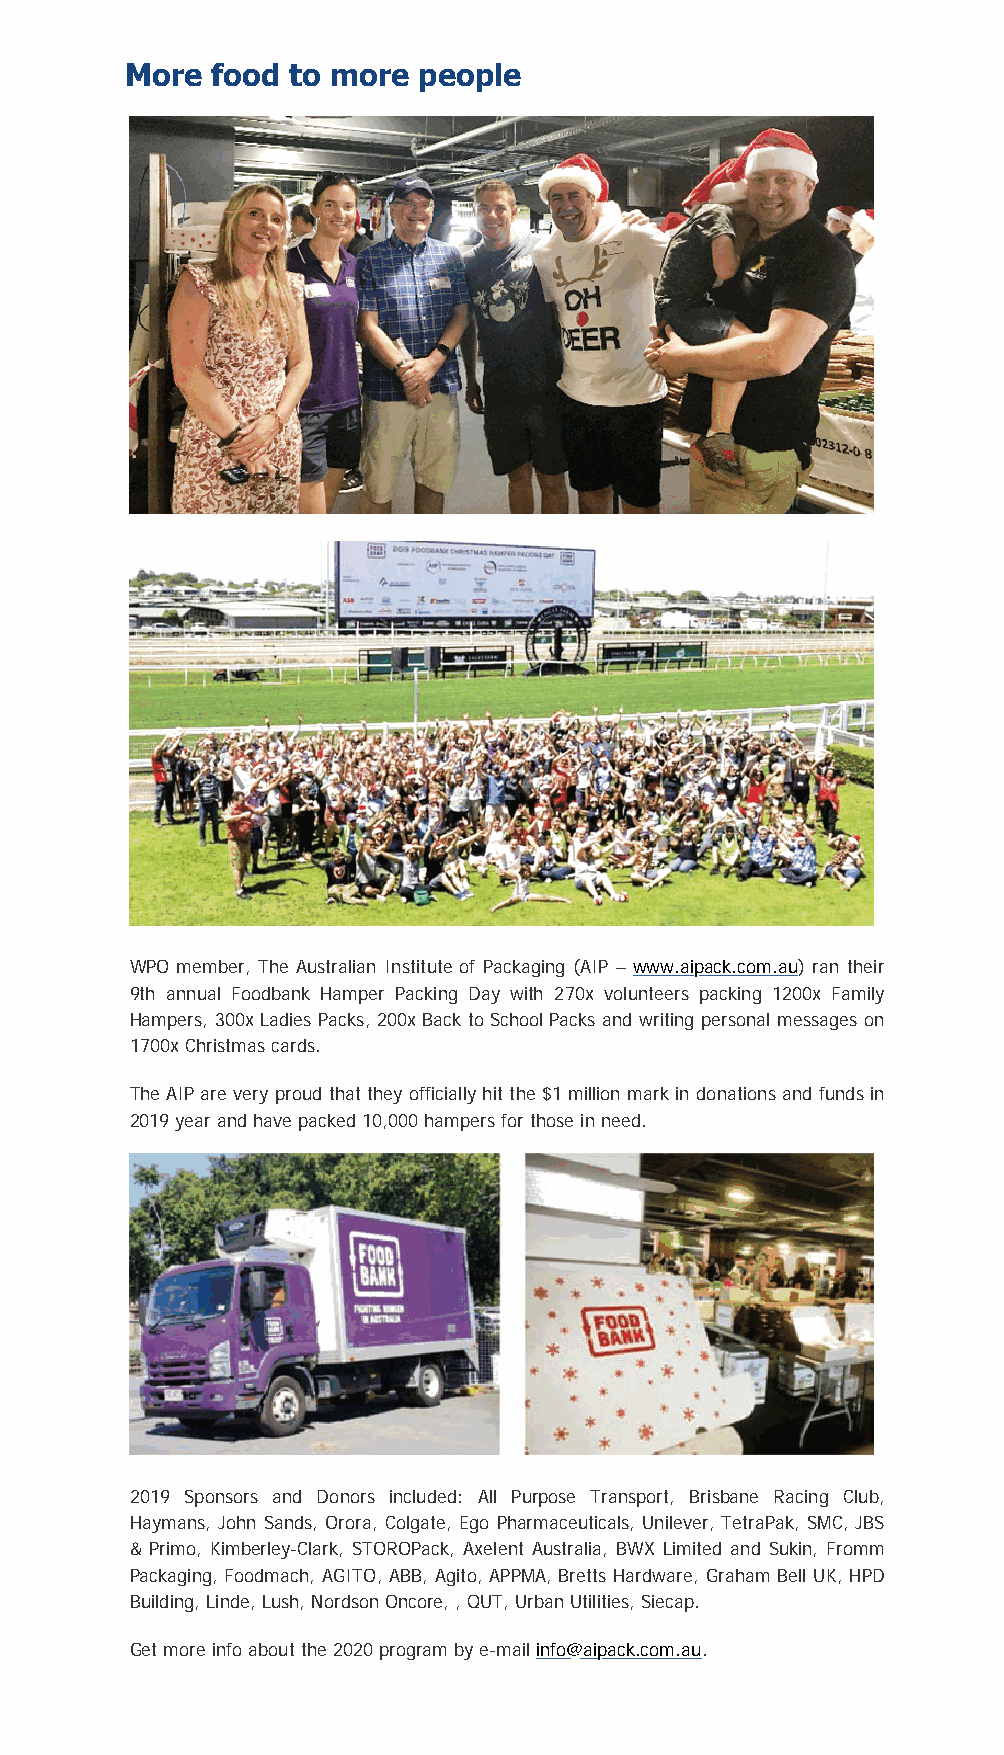
More  food to more  people
 WPO member, The Australian Institute of Packaging (AIP – www.aipack.com.au) ran their
 9th annual Foodbank Hamper Packing Day with 270x volunteers packing 1200x Family
 Hampers, 300x Ladies Packs, 200x Back to School Packs and writing personal messages on
 1700x Christmas cards.
 The AIP are very proud that they officially hit the $1 million mark in donations and funds in
 2019 year and have packed 10,000 hampers for those in need.
 2019 Sponsors and Donors included: All Purpose Transport, Brisbane Racing Club,
 Haymans, John Sands, Orora, Colgate, Ego Pharmaceuticals, Unilever, TetraPak, SMC, JBS
 & Primo, Kimberley-Clark, STOROPack, Axelent Australia, BWX Limited and Sukin, Fromm
 Packaging, Foodmach, AGITO, ABB, Agito, APPMA, Bretts Hardware, Graham Bell UK, HPD
 Building, Linde, Lush, Nordson Oncore, , QUT, Urban Utilities, Siecap.
 Get more info about the 2020 program by e-mail info@aipack.com.au.